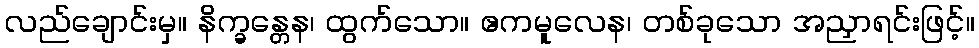
လည်ချောင်းမှ။ နိက္ခန္တေန၊ ထွက်သော။ ဧကမူလေန၊ တစ်ခုသော အညှာရင်းဖြင့်။